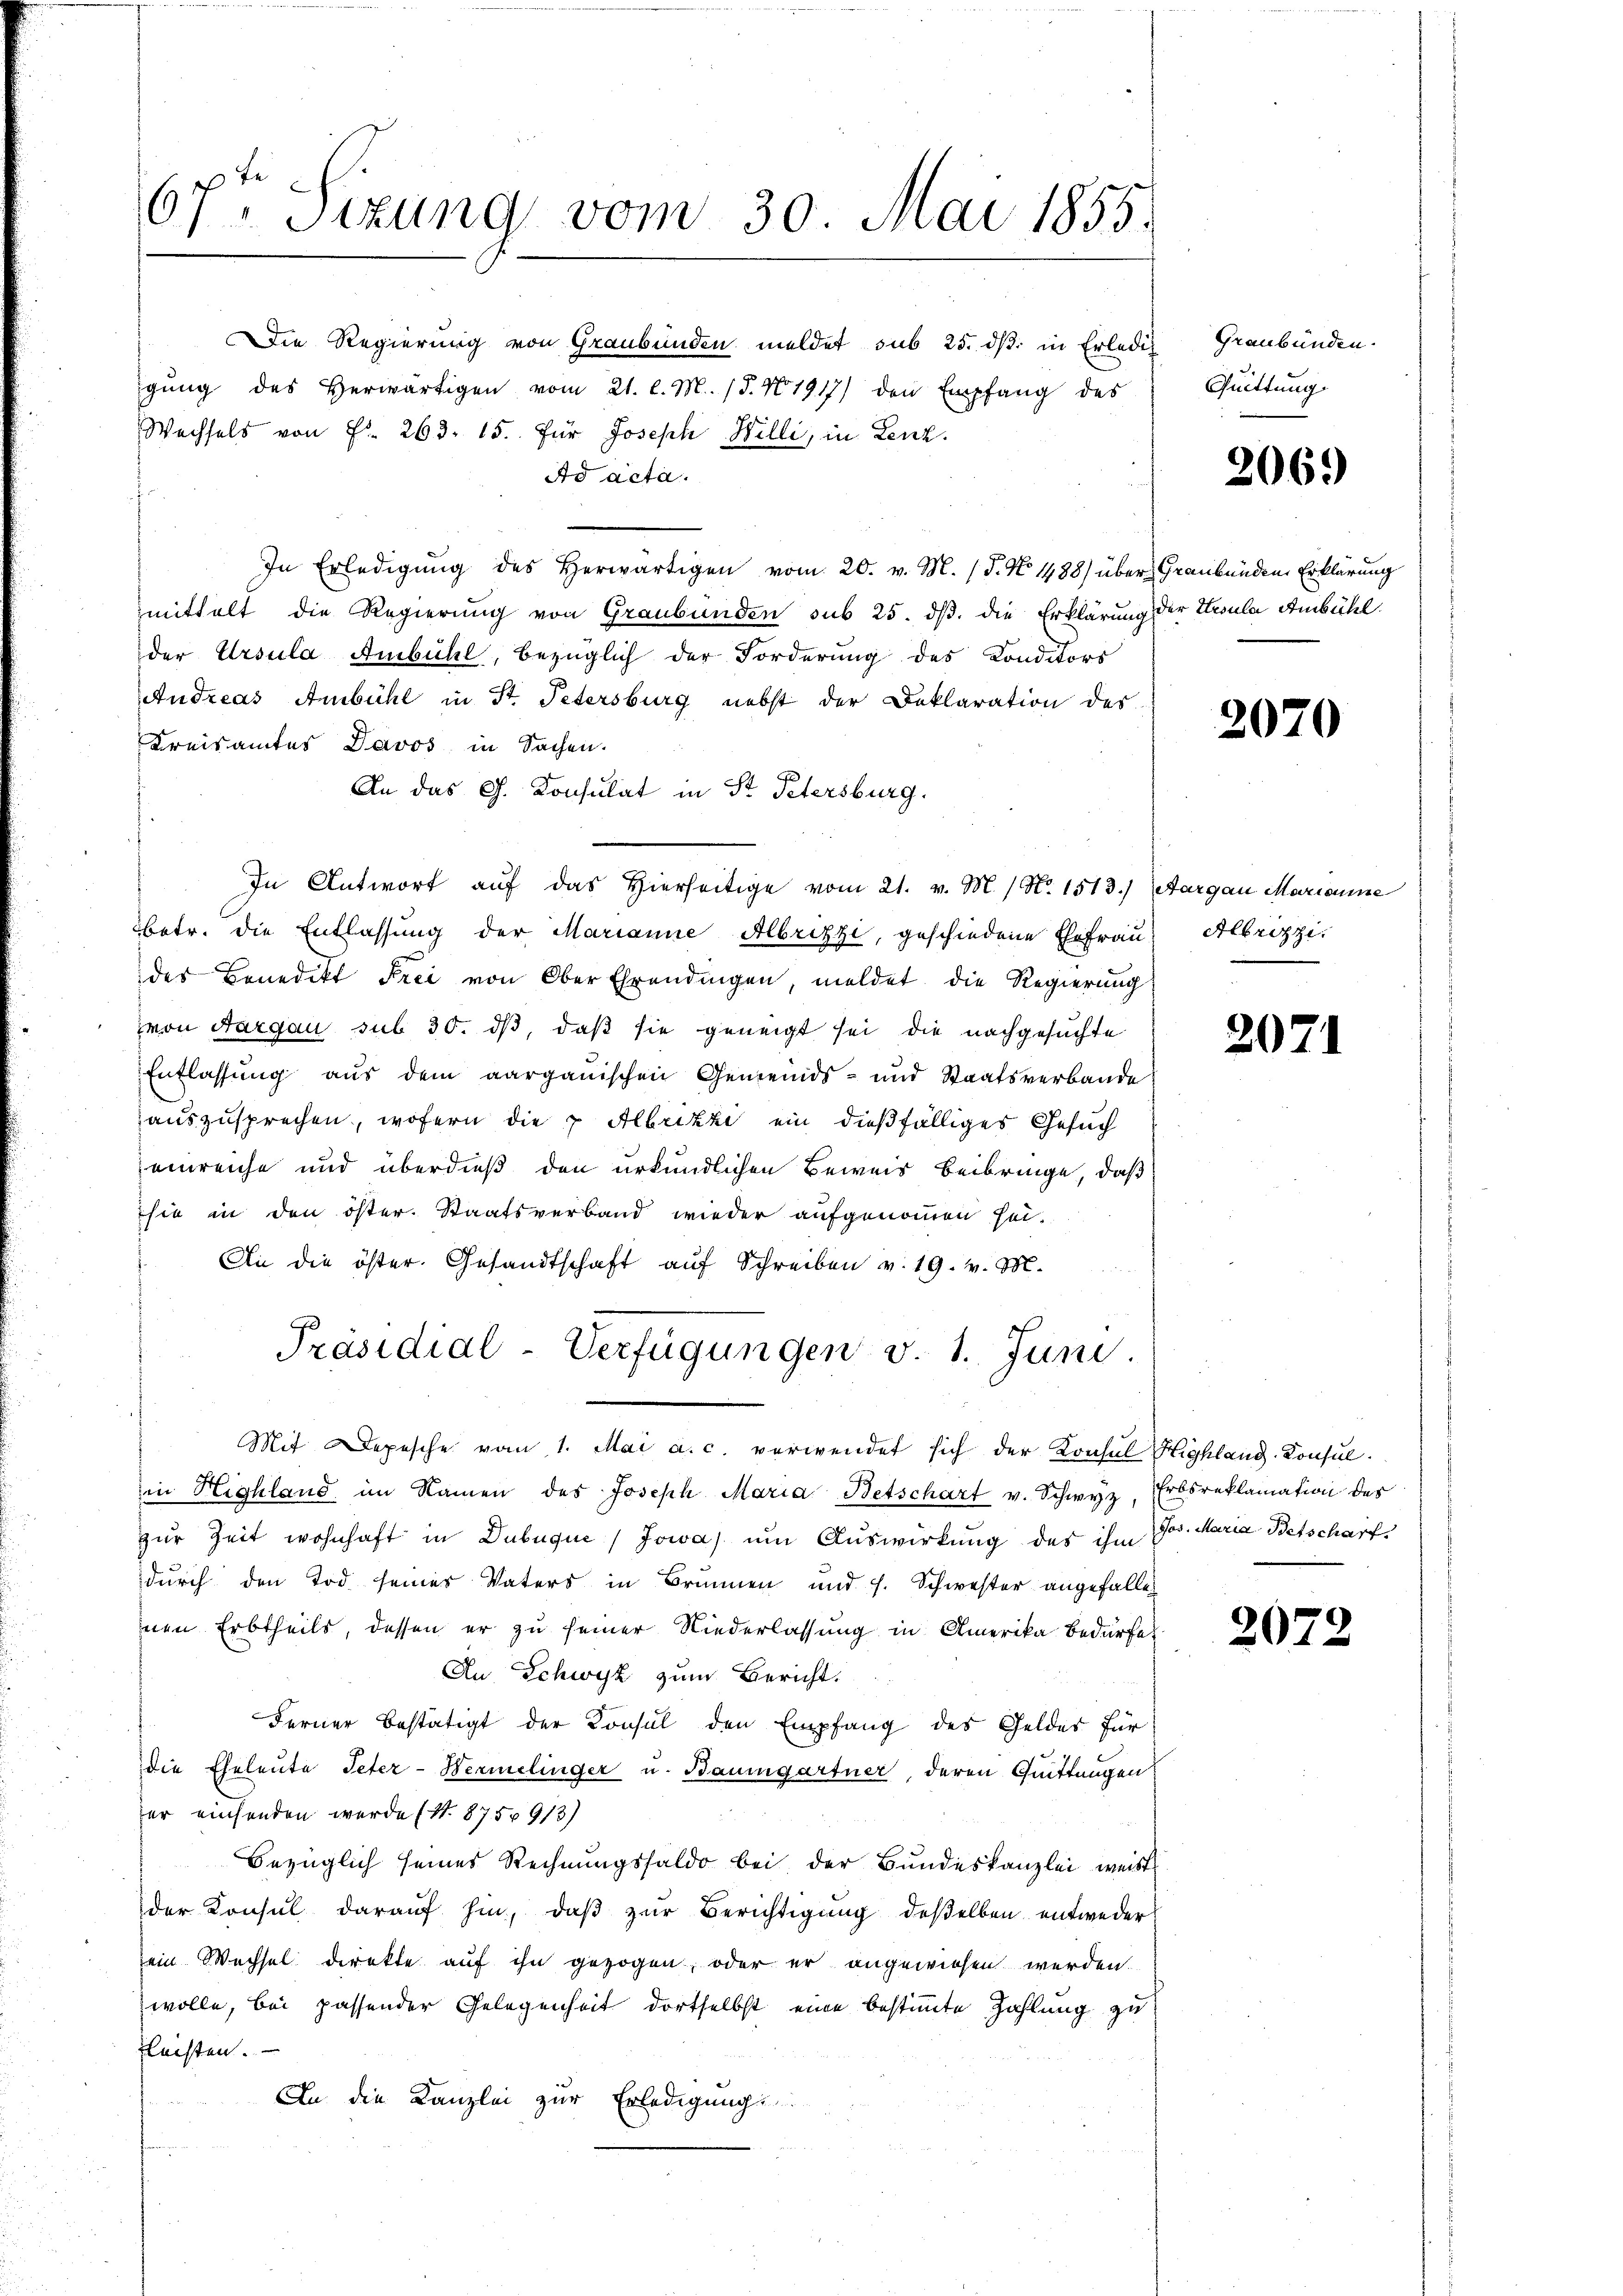
67ten Sizung vom 30. Mai 1855.

Die Regierung von Graubünden meldet sub 25. dß. in Erledig
gŭng des herwärtigen vom 21. l. M. 18. No 1917) den Empfang des
Wechsels von Fr. 263. 15. Für Joseph Willi, in Lenz
Ad acta.
In Erledigŭng des herwärtigen vom 20. v. M. (§. No. 1488) über Graubünden Erklärung
mittelt die Regierung von Graubünden sub 25. dß. die Erklärung der Ursula Ambühl.
der Ursula Ambühl, bezüglich der Forderung des Konditors
Andreas Ambühl in St. Petersburg nebst der Deklaration des
Kreisamtes Davos in Sachen.
An das G. Consulat in St. Petersburg.
In Antwort auf das Hierseitige vom 21. v. M. / No. 1513) Aargau Marianne
betr. die Entlassung der Marianne Albrizzi, geschiedene Ehefrau
des Benedikt Frei von Ober Ehrendingen, meldet die Regierung
von Aargau sub 30. ds, daß sie geneigt sei die nachgesuchte
Entlassung aus dem aargauischen Gemeinds- und Staatsverbande
auszusprechen, wofern die 7 Albrikzi ein dießfälliges Gesuch
einreiche und überdieß den urkundlichen Beweis beibringe, daß
sie in den öster. Staatsverband wieder aufgenommen sei.
An die öster. Gesandtschaft aŭf Schreiben v. 19. v. M.
Präsidial-Verfügungen v. 1. Juni.
Mit Depesche vom 1. Mai a. c. verwendet sich der Konsul Highland. Konsulin Highland im Namen des Joseph Maria Betschart v. Schwyz, Erbsreklamation des
zur Zeit wohnhaft in Dubuquć / Jowa um Auswirkung des ihm Jos. Maria Betscharf
durch den Tod seines Vaters in Brunnen und h. Schwester angefallen
nen Erbtheils, dessen er zu seiner Niederlassung in Amerika bedürfe
An Schwyz zum Bericht.
Ferner bestätigt der Konsul den Empfang des Geldes für
die Eheleute Peter-Hermelinger u. Baumgartner, deren Quittungen
er einsenden werde (S. 875 913)
Bezüglich seines Rechnungssaldo bei der Bundeskanzlei weist
der Konsul darauf hin, daβ zŭr Berichtigung deßelben entwederein Wechsel direkte auf ihn gezogen, oder er angewiesen werden.
wolle, bei passender Gelegenheit dortselbst eine bestimmte Zahlung zu
flechten.
An die Kanzlei zur Erledigung

Graubünden.
Quittung.

2069

2070

Albrizzi.

2071

2072